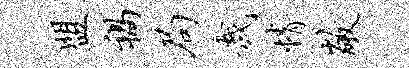
盟祸局哉情敞